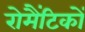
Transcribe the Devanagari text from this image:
रोमैंटिकों